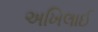
અખિલાઈ